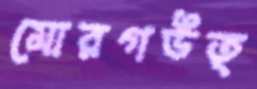
মোরগউত্